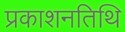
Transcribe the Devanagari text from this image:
प्रकाशनतिथि